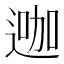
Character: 𨔗